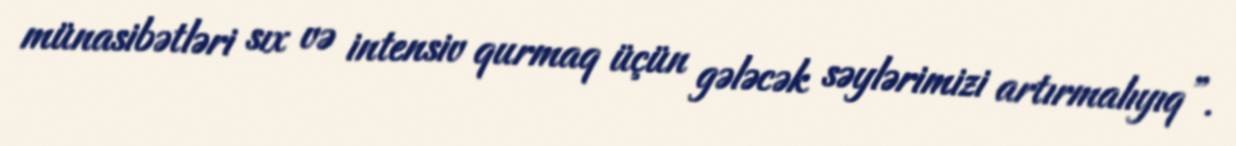
münasibətləri sıx və intensiv qurmaq üçün gələcək səylərimizi artırmalıyıq”.